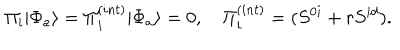
LaTeX: \Pi _ { i } | \Phi _ { a } \rangle = \Pi _ { i } ^ { ( i n t ) } | \Phi _ { a } \rangle = 0 , \quad \Pi _ { i } ^ { ( i n t ) } = ( S ^ { 0 i } + r S ^ { i d } ) .